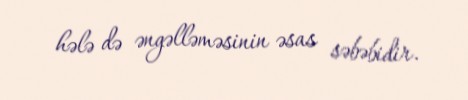
hələ də əngəlləməsinin əsas səbəbidir.